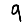
Digit: 9